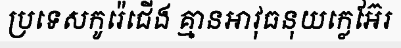
ប្រទេសកូរ៉េជើង គ្មានអាវុធនុយក្លេអ៊ែរ